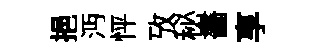
挹沔怦攷秘畵享